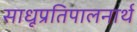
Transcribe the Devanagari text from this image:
साधूप्रतिपालनार्थ